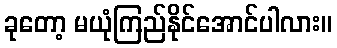
ခုတော့ မယုံကြည်နိုင်အောင်ပါလား။